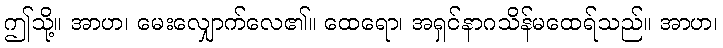
ဤသို့။ အာဟ၊ မေးလျှောက်လေ၏။ ထေရော၊ အရှင်နာဂသိန်မထေရ်သည်။ အာဟ၊